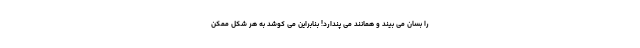
را بسان می بیند و همانند می پندارد! بنابراین می کوشد به هر شکل ممکن